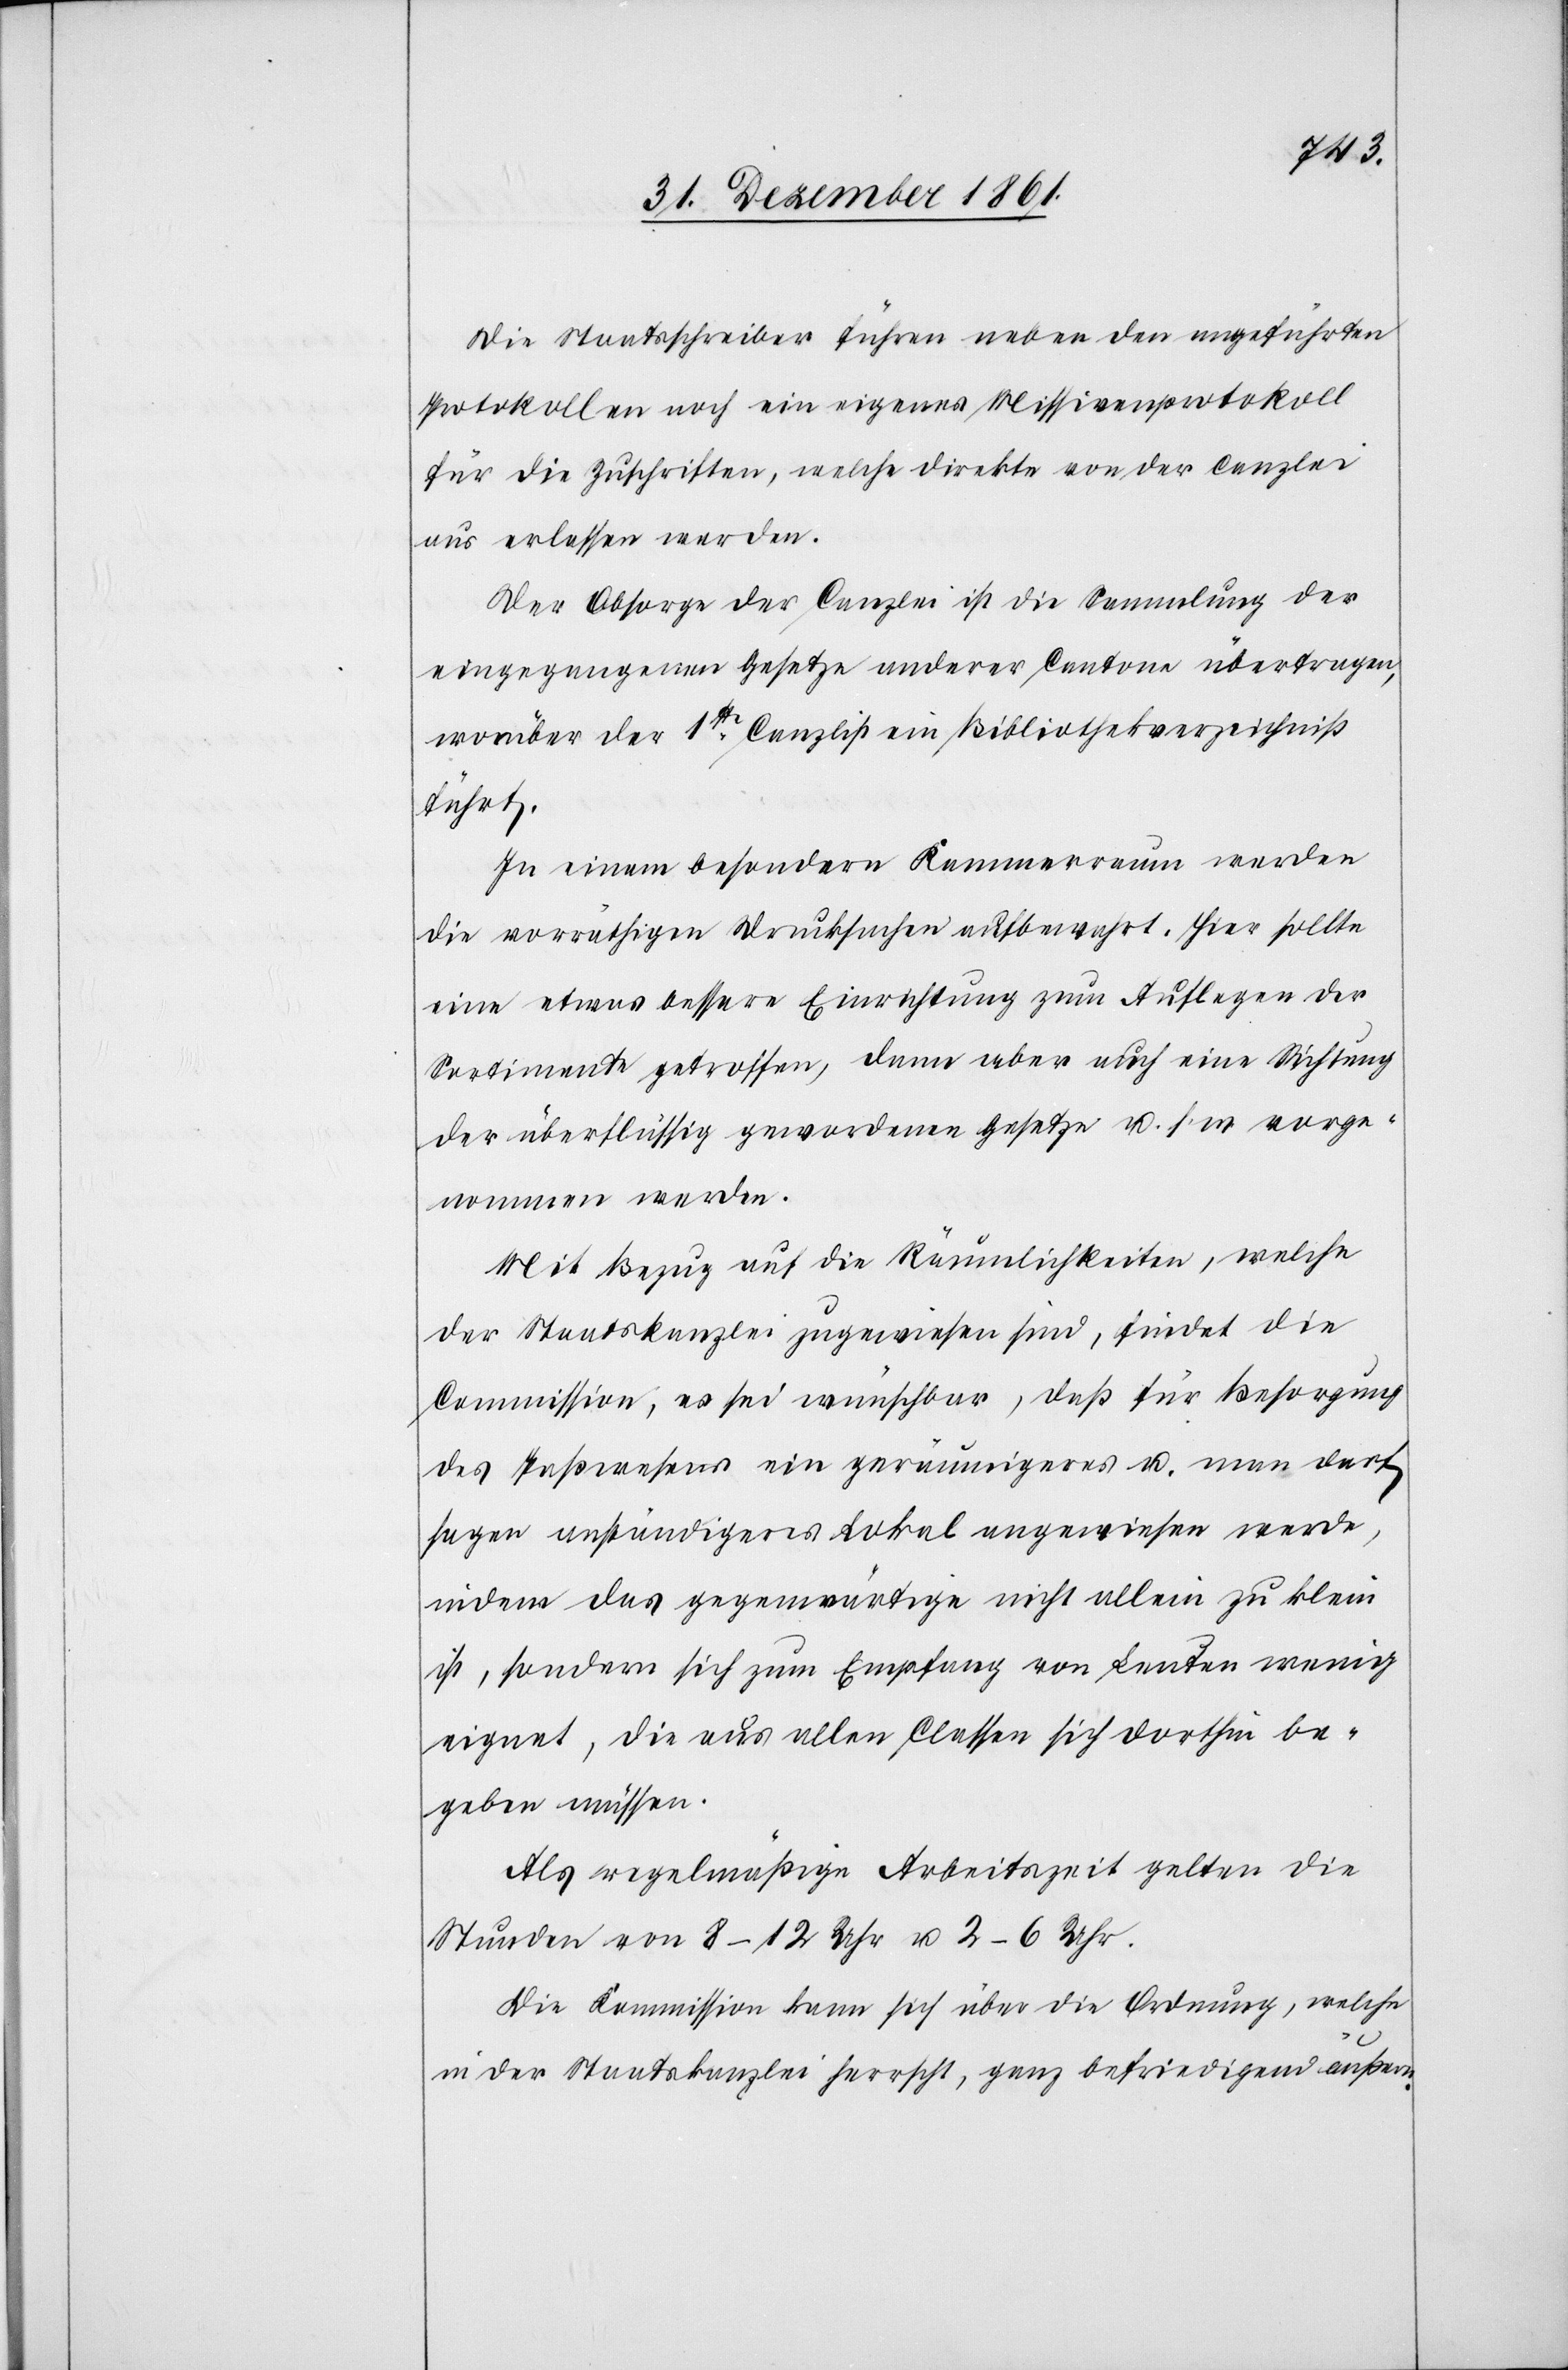
Die Staatsschreiber führen neben den angeführten
Protokollen noch ein eigenes Missivenprotokoll
für die Zuschriften, welche direkte von der Canzlei
aus erlassen werden.
Der Obsorge der Canzlei ist die Sammlung der
eingegangenen Gesetze anderer Cantone übertragen,
worüber der 1ste Canzlist ein Bibliothekarverzeichniß
führt.
In einem besondern Kammerraum werden
die vorräthigen Drucksachen aufbewahrt. Hier sollte
eine etwas bessere Einrichtung zum Auflegen der
Sortimente getroffen, dann aber auch eine Richtung
der überflüssig gewordenen Gesetze u. s. w. vorge¬
nommen werden.
Mit Bezug auf die Räumlichkeiten, welche
der Staatskanzlei zugewiesen sind, findet die
Commission, es sei wünschbar, daß für Besorgung
des Paßwesens ein geräumigeres u. man darf
sagen anständigeres Lokal angewiesen werde,
indem das gegenwärtige nicht allein zu klein
ist, sondern sich zum Empfang von Leuten wenig
eignet, die aus allen Classen sich dorthin be¬
geben müssen.
Als regelmäßige Arbeitszeit gelten die
Stunden von 8–12 Uhr u. 2–6 Uhr.
Die Kommission kann sich über die Ordnung, welche
in der Staatskanzlei herrscht, ganz befriedigend äußern.